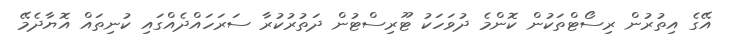
އޭގެ އިތުރުން ރިސޯޓްތަކުން ކޮންމެ ދުވަހަކު ޓޫރިސްޓުން ދަތުރުކުރާ ސަރަހައްދެއްގައި ކުނިތައް އޮޔާދެމޭ